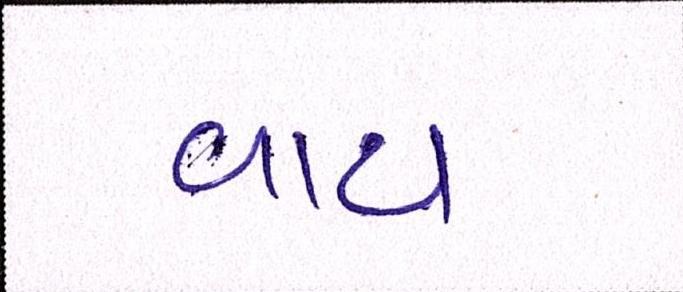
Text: વાય